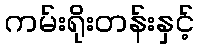
ကမ်းရိုးတန်းနှင့်